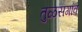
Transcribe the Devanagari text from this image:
तुळसगांव